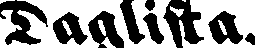
Daglista.